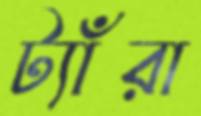
ট্যাঁরা